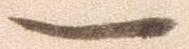
一